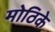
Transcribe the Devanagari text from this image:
मोठिके